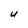
Character: U